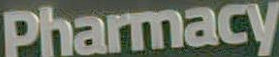
Pharmacy